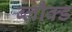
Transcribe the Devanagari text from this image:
ब्लौक्ड